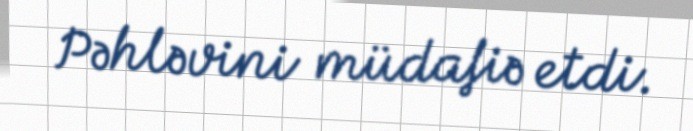
Pəhləvini müdafiə etdi.